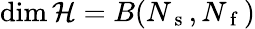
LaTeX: \dim\mathcal{H}=B(N_{\mathrm{~s~}},N_{\mathrm{~f~}})